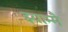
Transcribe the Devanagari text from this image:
झ्याम्मै